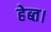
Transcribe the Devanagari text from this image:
हेब्त।